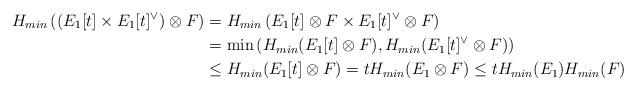
LaTeX: \begin{align*}H_{min}\left( (E_1[t]\times E_1[t]^{\vee})\otimes F \right) &=H_{min} \left( E_1[t] \otimes F \times E_1[t]^{\vee}\otimes F \right)\\&=\min \left( H_{min} (E_1[t] \otimes F), H_{min} (E_1[t]^{\vee}\otimes F)\right)\\& \leq H_{min} (E_1[t] \otimes F)= tH_{min} (E_1\otimes F) \leq t H_{min}(E_1)H_{min}(F)\end{align*}